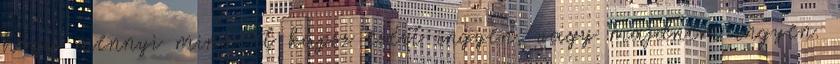
hogy mennyi mindent kapsz ezért ingyen, vagy majdnem ingyen.